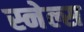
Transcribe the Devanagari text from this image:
स्नेल्स